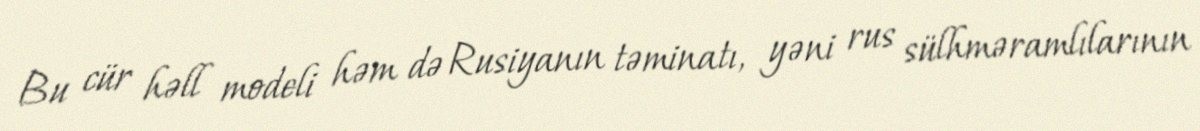
Bu cür həll modeli həm də Rusiyanın təminatı, yəni rus sülhməramlılarının